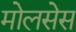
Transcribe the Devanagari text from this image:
मोलसेस